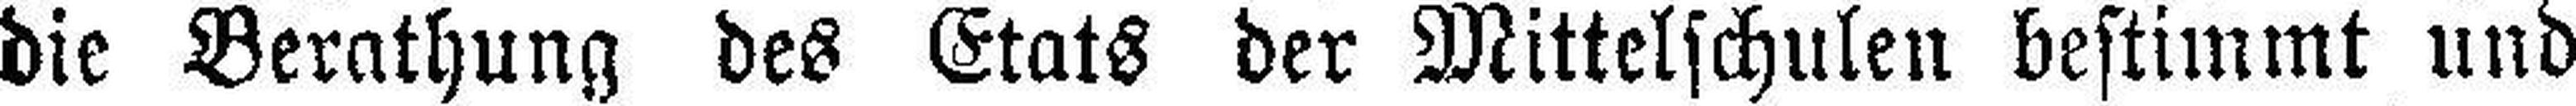
die Berathung des Etats der Mittelschulen bestimmt und